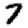
Digit: 7